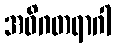
အဝိဂတရာဂါ